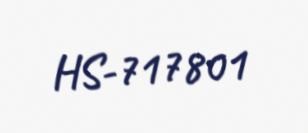
HS-717801